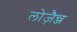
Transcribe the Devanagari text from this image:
लोज़ैन्ज